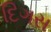
દિગસ